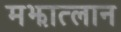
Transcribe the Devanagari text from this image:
मझात्लान